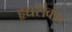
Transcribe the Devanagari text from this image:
हृद्यसंवाद